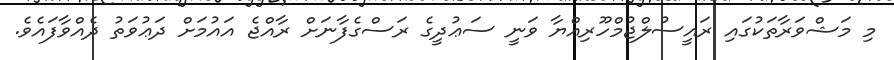
މި މަޝްވަރާތަކުގައި ރައީސުލްޖުމްހޫރިއްޔާ ވަނީ ސަޢުދީގެ ރަސްގެފާނަށް ރާއްޖެ އައުމަށް ދަޢުވަތު ދެއްވާފައެވެ.